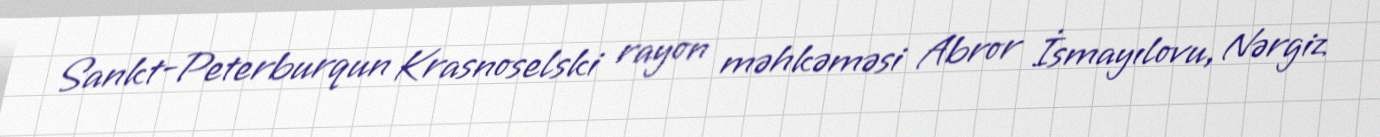
Sankt-Peterburqun Krasnoselski rayon məhkəməsi Abror İsmayılovu, Nərgiz